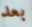
بعد